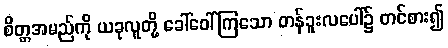
စိတ္တအမည်ကို ယခုလူတို့ ခေါ်ဝေါ်ကြသော တန်ခူးလပေါ်၌ တင်စား၍